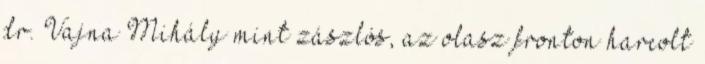
dr. Vajna Mihály mint zászlós, az olasz fronton harcolt